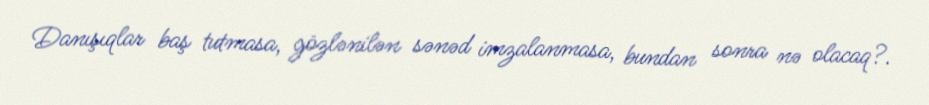
Danışıqlar baş tutmasa, gözlənilən sənəd imzalanmasa, bundan sonra nə olacaq?.